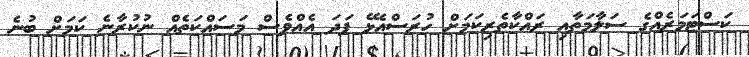
ކަސްޓަމަރެއްގެ ސަލާމަތާއި ރައްކާތެރިކަމަށް ހުރަސްއެޅޭ ފަދަ އެއްވެސް މަސައްކަތެއް ނުކުރާނެ ކަމަށް ބުނެ